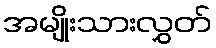
အမျိုးသားလွှတ်